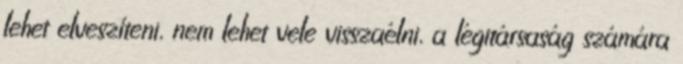
lehet elveszíteni, nem lehet vele visszaélni, a légitársaság számára